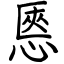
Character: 㥦